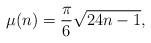
LaTeX: \begin{align*} \mu(n)=\frac{\pi}{6}\sqrt{24n-1},\end{align*}